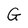
Character: G